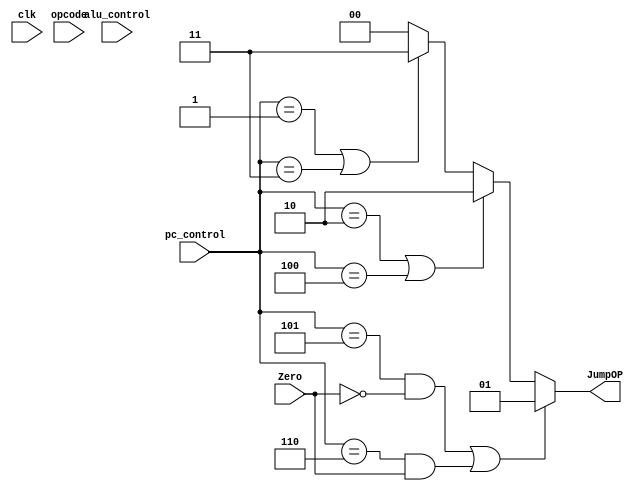
// Jump_Ctrl

module Jump_Ctrl( 	Zero,
                  	JumpOP,
			clk,
			opcode,
			pc_control,
			alu_control	
			);

    	input Zero;
	output [1:0] JumpOP;
	
	input        clk;
	input  [3:0] pc_control;
	input  [3:0] alu_control;
	input  [5:0] opcode;
	reg    [1:0] JumpOP;

	localparam C_JUMP			 = 4'b0001;
	localparam C_JUMP_REGISTER		 = 4'b0010;
	localparam C_JUMP_AND_LINK		 = 4'b0011;
	localparam C_JUMP_AND_LINK_REGISTER	 = 4'b0100;
	localparam C_BRANCH_ON_EQUAL		 = 4'b0101;
	localparam C_BRANCH_ON_NOT_EQUAL	 = 4'b0110;

	//Data Transfer
	localparam C_LOAD_WORD                   = 6'b100011;
	localparam C_LOAD_HALFWORD               = 6'b100001;
	localparam C_STORE_WORD                  = 6'b101011;
	localparam C_STORE_HALFWORD              = 6'b101001;	

	always@(*)
	begin
		if(alu_control != 4'b1111)					//R type,addi, andi, ori, slti
			JumpOP = 0;
		if(((pc_control == C_BRANCH_ON_EQUAL) && Zero == 0) || 
		   ((pc_control == C_BRANCH_ON_NOT_EQUAL) && Zero != 0))	//branch
			JumpOP = 1;
		else if((pc_control == C_JUMP_REGISTER) ||
			(pc_control == C_JUMP_AND_LINK_REGISTER))		//jr, jalr
			JumpOP = 2;
		else if((pc_control == C_JUMP) ||
			(pc_control == C_JUMP_AND_LINK) )			//j, jal
			JumpOP = 3;
		else
			JumpOP = 0;

	end



endmodule